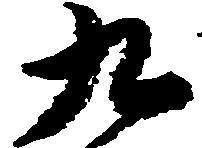
九